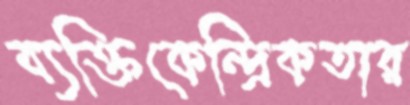
ব্যক্তিকেন্দ্রিকতার